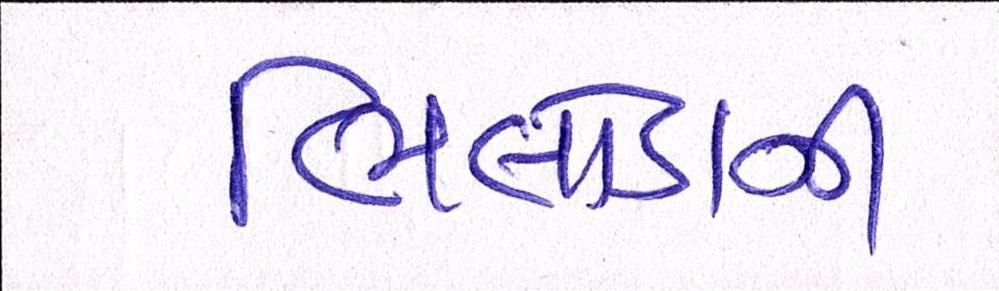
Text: ભિલોડાની